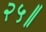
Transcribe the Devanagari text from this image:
२५॥